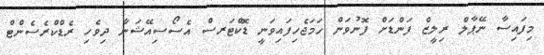
މިފައިސާ ނޭޕާލް ރިލީޒް ފަންޑަށް ފޮނުވަން ހަމަޖެހިފައިވަނީ ޑޮކްޓަރސް އެސޯސިއޭޝަނާ ދިވެހި ރެޑްކްރެސެންޓް